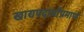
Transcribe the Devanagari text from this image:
खाद्यपदार्थांप्रमाणे